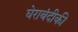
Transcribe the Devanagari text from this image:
घेराबंदीकी